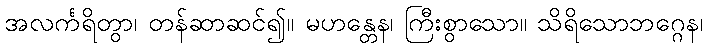
အလင်္ကရိတွာ၊ တန်ဆာဆင်၍။ မဟန္တေန၊ ကြီးစွာသော။ သိရိသောဘဂ္ဂေန၊